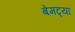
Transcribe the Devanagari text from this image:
बेमट्या